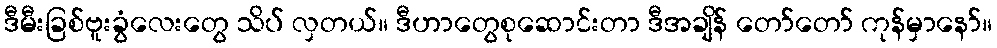
ဒီမီးခြစ်ဗူးခွံလေးတွေ သိပ် လှတယ်။ ဒီဟာတွေစုဆောင်းတာ ဒီအချိန် တော်တော် ကုန်မှာနော်။